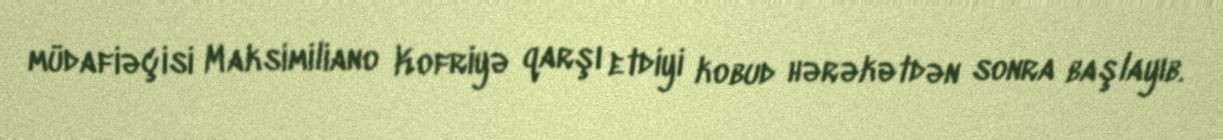
müdafiəçisi Maksimiliano Kofriyə qarşı etdiyi kobud hərəkətdən sonra başlayıb.